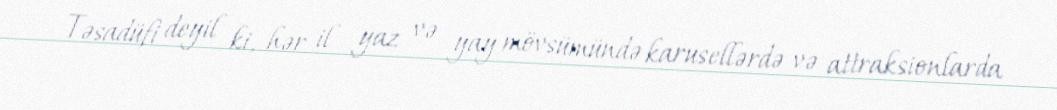
Təsadüfi deyil ki, hər il yaz və yay mövsümündə karusellərdə və attraksionlarda